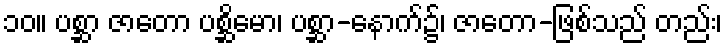
၁၀။ ပစ္ဆာ ဇာတော ပစ္ဆိမော၊ ပစ္ဆာ-နောက်၌၊ ဇာတော-ဖြစ်သည် တည်း၊